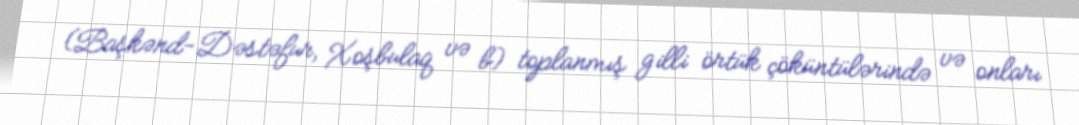
(Başkənd-Dəstəfur, Xoşbulaq və b) toplanmış gilli örtük çöküntülərində və onları